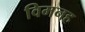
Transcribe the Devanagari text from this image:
विमनह